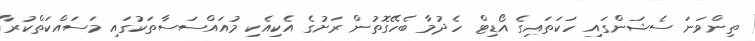
ތިންވަނަ ސެޝަންގައި ހަކަތައިގެ އޯޑިޓް ހެދުމާ ބެހޭގޮތުން ރަށުގެ އެކިއެކި މުއައްސަސާތަކުގައި މަސައްކަތްކުރާ